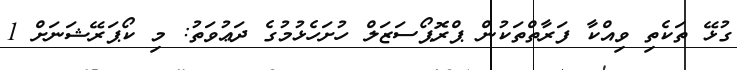
ގުޅޭ ތަކެތި ވިއްކާ ފަރާތްތަކުން ޕްރޮޕޯސަޒަލް ހުށަހެޅުމުގެ ދަޢުވަތު: މި ކޯޕަރޭޝަނަށް 1